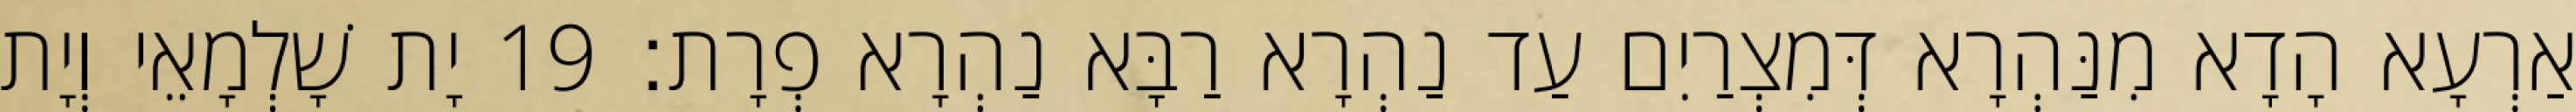
אַרְעָא הָדָא מִנַּהְרָא דְּמִצְרַיִם עַד נַהְרָא רַבָּא נַהְרָא פְרָת׃ 19 יָת שָׁלְמָאֵי וְיָת